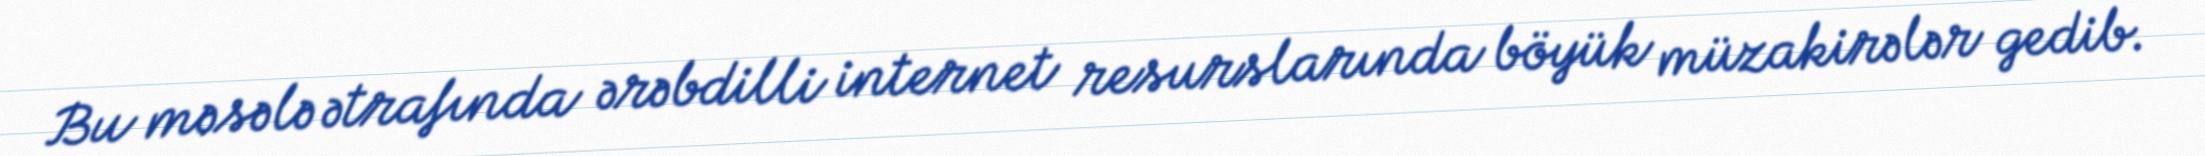
Bu məsələ ətrafında ərəbdilli internet resurslarında böyük müzakirələr gedib.